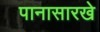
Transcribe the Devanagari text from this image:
पानासारखे